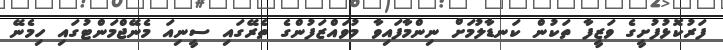
ފަރުކޮޅުފުށީގެ ވަޒީފާ ތަކުން ކަނޑާލުމަށް ނިންމާފައިވާ މުވައްޒަފުންގެ ތެރޭގައި ސީނިއަ މެނޭޖްމަންޓުގައި ހިމެނޭ